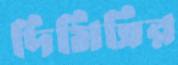
দিমিত্রির